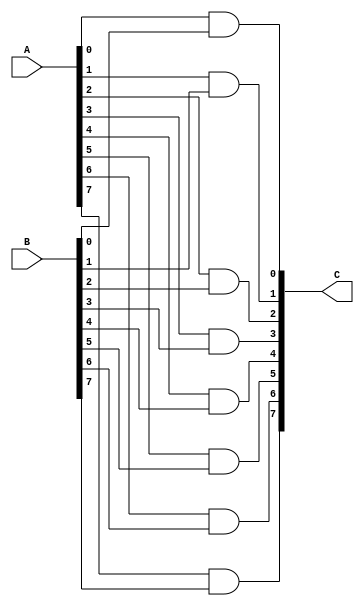
`timescale 1ns / 1ps
//////////////////////////////////////////////////////////////////////////////////
// Company: 
// Engineer: 
// 
// Design Name: 
// Module Name:    and8bit 
// Project Name: 
// Target Devices: 
// Tool versions: 
// Description: 
//
// Dependencies: 
//
// Revision: 
// Revision 0.01 - File Created
// Additional Comments: 
//
//////////////////////////////////////////////////////////////////////////////////
module and8bit( input wire [7:0] A, input wire [7:0] B, output wire [7:0] C );
assign C[0] = A[0] & B[0];
assign C[1] = A[1] & B[1];
assign C[2] = A[2] & B[2];
assign C[3] = A[3] & B[3];
assign C[4] = A[4] & B[4];
assign C[5] = A[5] & B[5];
assign C[6] = A[6] & B[6];
assign C[7] = A[7] & B[7];
endmodule